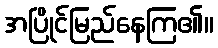
အပြိုင်မြည်နေကြ၏။